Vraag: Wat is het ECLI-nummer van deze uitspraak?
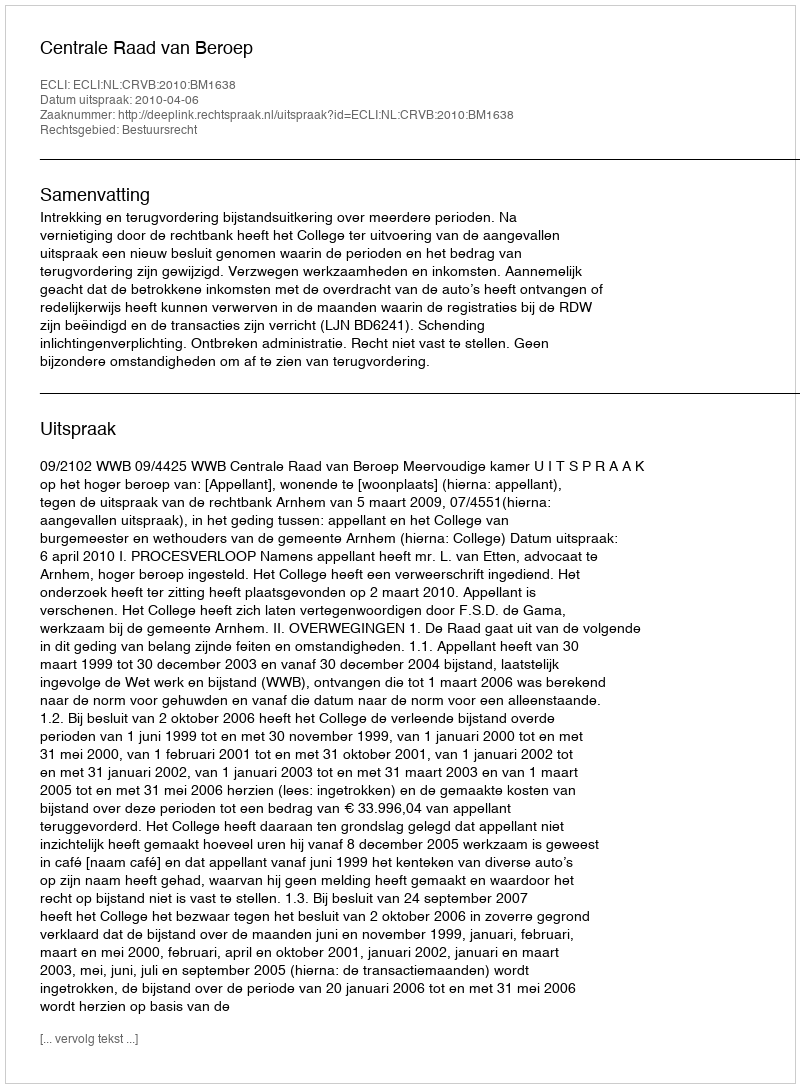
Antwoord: ECLI:NL:CRVB:2010:BM1638